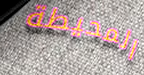
المحيطة